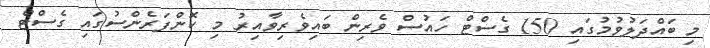
މި ބައްދަލުވުމުގައި 150 ގެސްޓް ހައުސް ވެރިން ބައިވެރިވާއިރު މި ކޮންފަރެންސުގައި ގެސްޓް